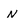
Character: N